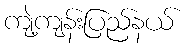
ကျဲ့ကျန်းပြည်နယ်